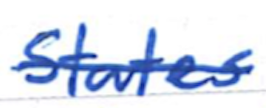
Text: States
Cross-out: single-line
Writing tool: ballpoint